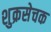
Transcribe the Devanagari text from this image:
शुक्रसेचक